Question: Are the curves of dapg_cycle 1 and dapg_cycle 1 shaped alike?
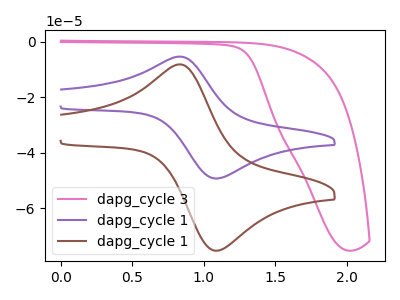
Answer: <think>The pink curve "dapg_cycle 3" has no peaks. The purple curve "dapg_cycle 1" has an anodic peak at (0.85V, -5.30uA) and a cathodic peak at (1.10V, -49.30uA). The brown curve "dapg_cycle 1" has an anodic peak at (0.85V, -8.15uA) and a cathodic peak at (1.10V, -75.35uA).
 All the peaks in "dapg_cycle 1" have a peak in "dapg_cycle 1" at the same potential.</think>
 <answer>"dapg_cycle 1" and "dapg_cycle 1" are similar in shape.</answer>
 <eval>same_shape</eval>